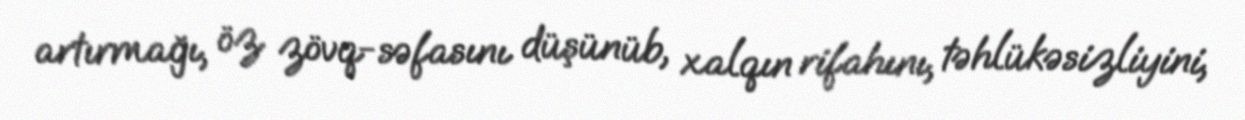
artırmağı, öz zövq-səfasını düşünüb, xalqın rifahını, təhlükəsizliyini,